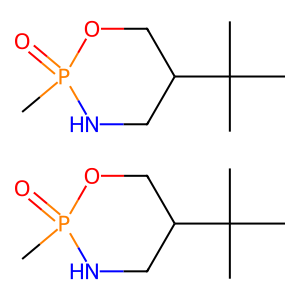
SMILES: CC(C)(C)C1CNP(C)(=O)OC1.CC(C)(C)C1CNP(C)(=O)OC1
Inhibits HIV replication: No